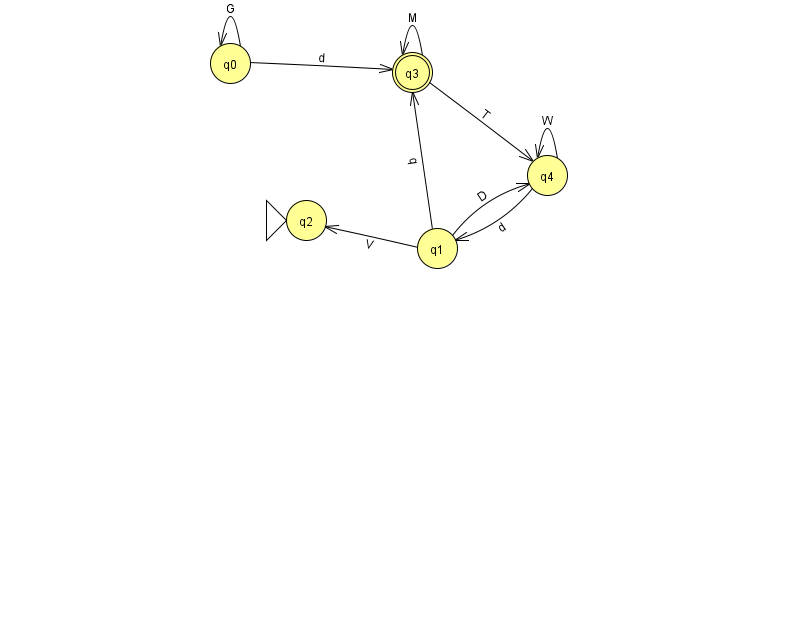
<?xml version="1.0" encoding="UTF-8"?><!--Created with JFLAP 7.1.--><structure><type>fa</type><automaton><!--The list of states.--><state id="0" name="q0"><x>230.0</x><y>50.0</y></state><state id="1" name="q1"><x>437.0</x><y>235.0</y></state><state id="2" name="q2"><x>306.0</x><y>207.0</y><initial/></state><state id="3" name="q3"><x>412.0</x><y>59.0</y><final/></state><state id="4" name="q4"><x>547.0</x><y>162.0</y></state><!--The list of transitions.--><transition><from>1</from><to>4</to><read>D</read></transition><transition><from>4</from><to>1</to><read>d</read></transition><transition><from>1</from><to>3</to><read>q</read></transition><transition><from>3</from><to>4</to><read>T</read></transition><transition><from>0</from><to>0</to><read>G</read></transition><transition><from>4</from><to>4</to><read>W</read></transition><transition><from>0</from><to>3</to><read>d</read></transition><transition><from>3</from><to>3</to><read>M</read></transition><transition><from>1</from><to>2</to><read>V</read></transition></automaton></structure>